Veterinary regulations India, 1939 -
Year: 1939
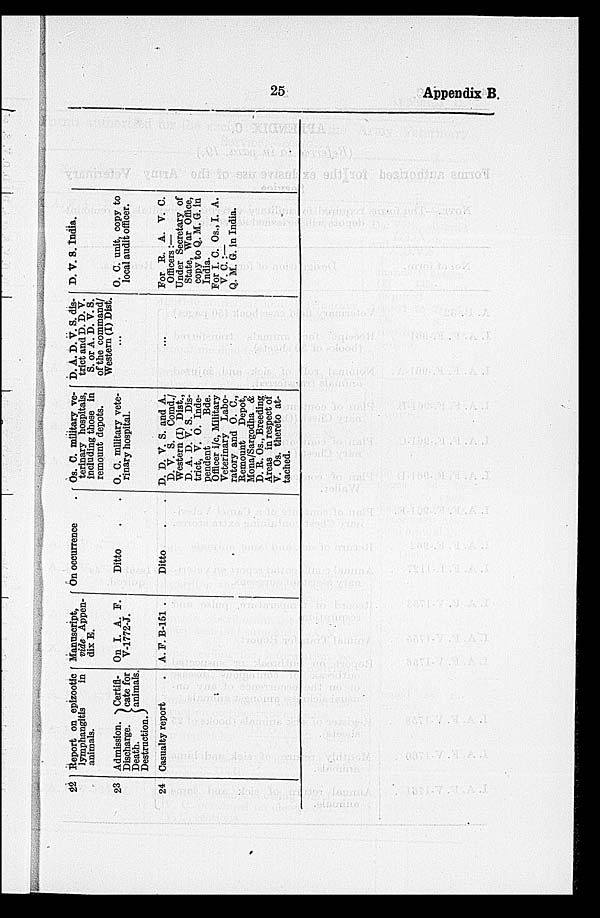
25
Appendix B.
22
23
24
Report on epizootic
lymphangitis in
animals.
Admission.
Discharge.
Death.
Destruction.
Certifl-
cate for
animals.
Casualty report .
Manuscript,
vide Appen-
dix E.
On I. A. F.
V-1772-J.
A.F.B-151 .
On occurrence .
Ditto . .
Ditto . .
Os. C. military ve-
terinary hospitals,
including those in
remount depots.
O. C. military vete-
rinary hospital.
D. D. V. S. and A.
D. V. S. Comd./
Western (I) Dist.,
D. A. D. V. S. Dis-
trict, V. O. Inde-
pendent
Bde.
Officer i/c, Military
Veterinary Labo-
ratory and O. C.,
Remount
Depot,
Mona/Sargodha &
D. R. Os., Breeding
Areas in respect of
V. Os. thereto at-
tached.
D. A. D. V. S. dis-
trict and D. D. V.
S. or A. D. V. S.
of the command/
Western (I) Dist.
...
...
D. V. S. India.
O. C. unit, copy to
local audit officer.
For R. A. V. C.
Officers:—
Under Secretary of
State, War Office,
copy to Q. M. G. in
India.
For I. C. Os., I. A.
V. C. :—
Q. M. G. in India.